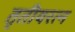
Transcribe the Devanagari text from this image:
तृतीयरत्‍न